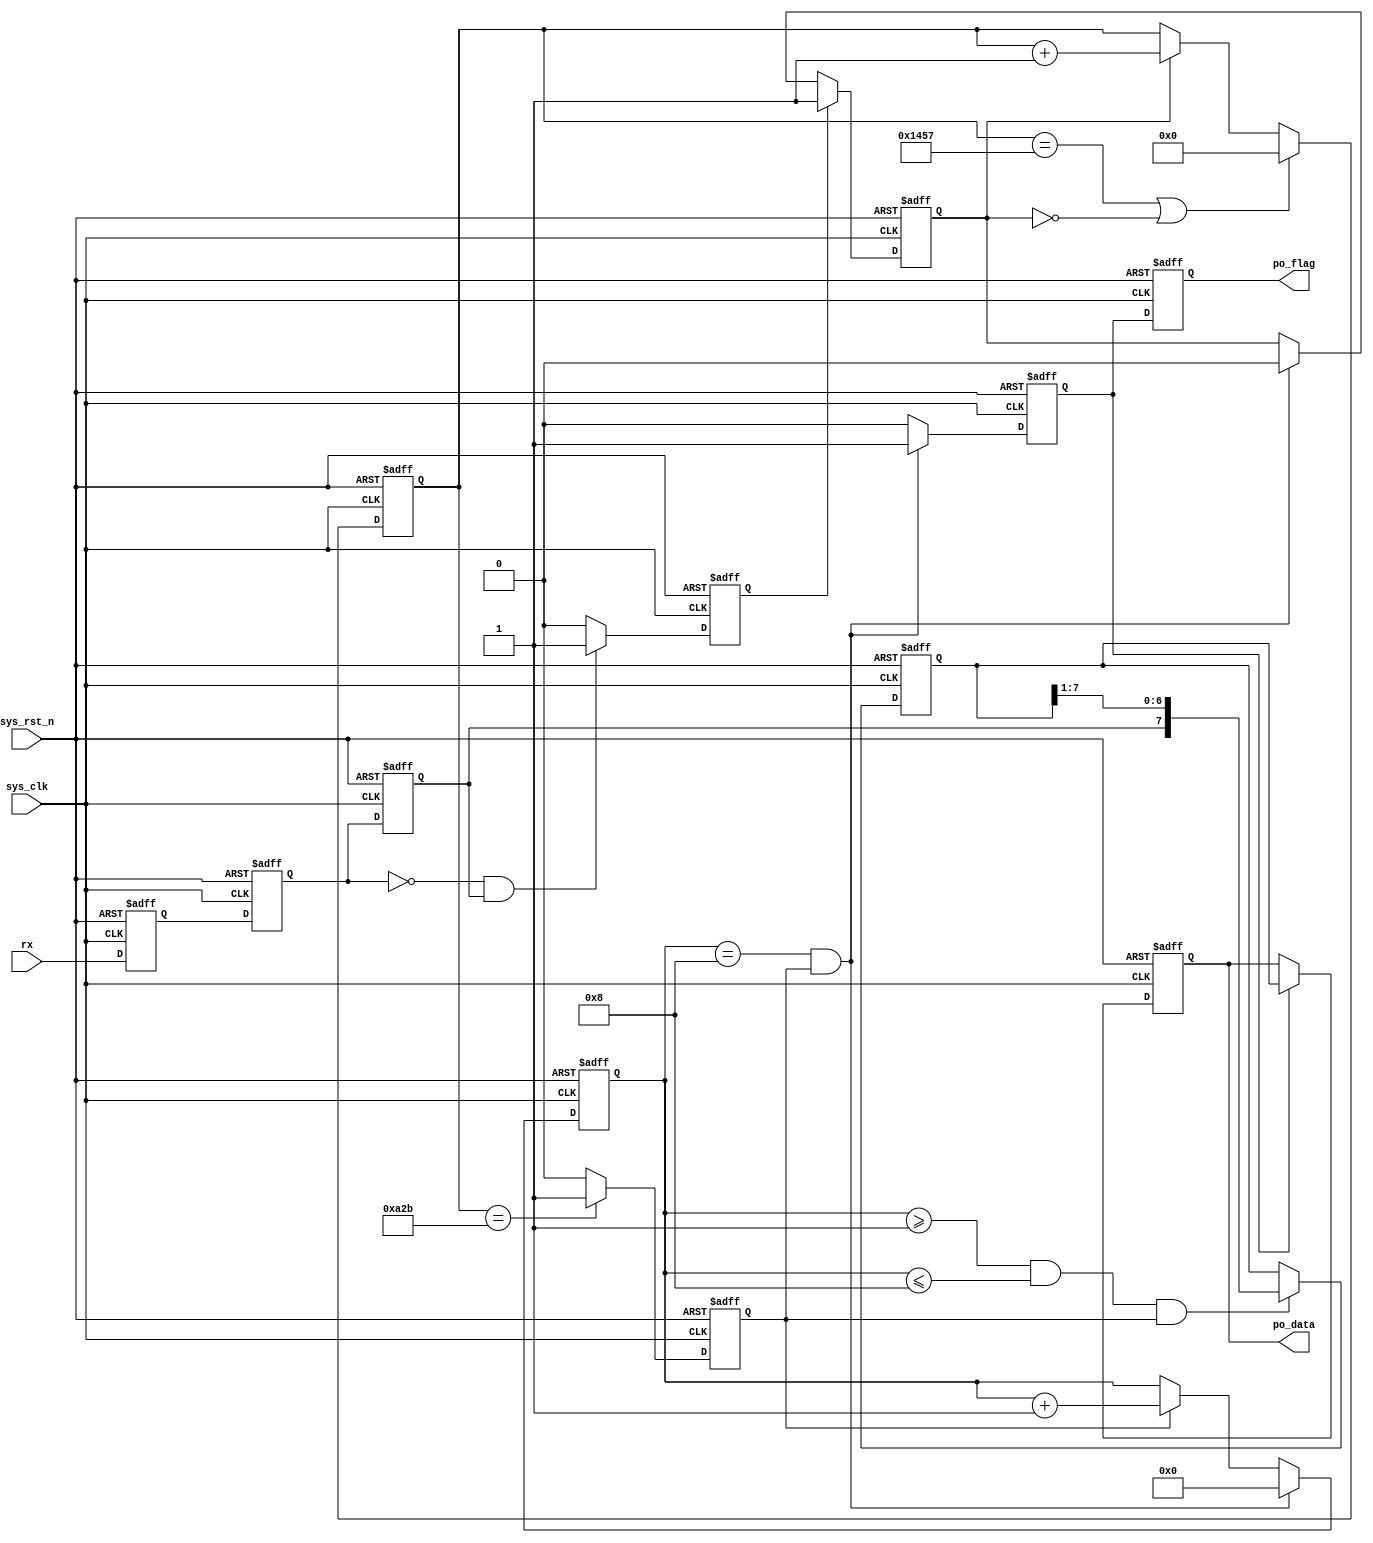
module  uart_rx #(
    parameter   UART_BPS    =   'd9600,         //
    parameter   CLK_FREQ    =   'd50_000_000    //
)(
    input   wire            sys_clk     ,   //50MHz
    input   wire            sys_rst_n   ,   //
    input   wire            rx          ,   //

    output  reg     [7:0]   po_data     ,   //8bit
    output  reg             po_flag         //
);


//localparam    define
localparam  BAUD_CNT_MAX    =   CLK_FREQ/UART_BPS   ;

//reg   define
reg         rx_reg1     ;
reg         rx_reg2     ;
reg         rx_reg3     ;
reg         start_nedge ;
reg         work_en     ;
reg [12:0]  baud_cnt    ;
reg         bit_flag    ;
reg [3:0]   bit_cnt     ;
reg [7:0]   rx_data     ;
reg         rx_flag     ;


//
//rx_reg1:1
always@(posedge sys_clk or negedge sys_rst_n) begin
    if(sys_rst_n == 1'b0)
        rx_reg1 <= 1'b1;
    else
        rx_reg1 <= rx;
end
        
//rx_reg2:1
always@(posedge sys_clk or negedge sys_rst_n) begin
    if(sys_rst_n == 1'b0)
        rx_reg2 <= 1'b1;
    else
        rx_reg2 <= rx_reg1;
end
        
//rx_reg3:
always@(posedge sys_clk or negedge sys_rst_n) begin
    if(sys_rst_n == 1'b0)
        rx_reg3 <= 1'b1;
    else
        rx_reg3 <= rx_reg2;
end
        
//start_nedge:start_nedge
always@(posedge sys_clk or negedge sys_rst_n) begin
    if(sys_rst_n == 1'b0)
        start_nedge <= 1'b0;
    else    if((~rx_reg2) && (rx_reg3))
        start_nedge <= 1'b1;
    else
        start_nedge <= 1'b0;
end
        
//work_en:
always@(posedge sys_clk or negedge sys_rst_n) begin
    if(sys_rst_n == 1'b0)
        work_en <= 1'b0;
    else    if(start_nedge == 1'b1)
        work_en <= 1'b1;
    else    if((bit_cnt == 4'd8) && (bit_flag == 1'b1))
        work_en <= 1'b0;
end
        
//baud_cnt:0BAUD_CNT_MAX - 1
always@(posedge sys_clk or negedge sys_rst_n) begin
    if(sys_rst_n == 1'b0)
        baud_cnt <= 13'b0;
    else    if((baud_cnt == BAUD_CNT_MAX - 1) || (work_en == 1'b0))
        baud_cnt <= 13'b0;
    else    if(work_en == 1'b1)
        baud_cnt <= baud_cnt + 1'b1;
end
        
//bit_flag:baud_cnt
//
always@(posedge sys_clk or negedge sys_rst_n) begin
    if(sys_rst_n == 1'b0)
        bit_flag <= 1'b0;
    else    if(baud_cnt == BAUD_CNT_MAX/2 - 1)
        bit_flag <= 1'b1;
    else
        bit_flag <= 1'b0;
end
        
//bit_cnt:8
//
always@(posedge sys_clk or negedge sys_rst_n) begin
    if(sys_rst_n == 1'b0)
        bit_cnt <= 4'b0;
    else    if((bit_cnt == 4'd8) && (bit_flag == 1'b1))
        bit_cnt <= 4'b0;
     else    if(bit_flag ==1'b1)
         bit_cnt <= bit_cnt + 1'b1;
end
         
//rx_data:
always@(posedge sys_clk or negedge sys_rst_n) begin
    if(sys_rst_n == 1'b0)
        rx_data <= 8'b0;
    else    if((bit_cnt >= 4'd1)&&(bit_cnt <= 4'd8)&&(bit_flag == 1'b1))
        rx_data <= {rx_reg3, rx_data[7:1]};
end
        
//rx_flag:rx_flag
always@(posedge sys_clk or negedge sys_rst_n) begin
    if(sys_rst_n == 1'b0)
        rx_flag <= 1'b0;
    else    if((bit_cnt == 4'd8) && (bit_flag == 1'b1))
        rx_flag <= 1'b1;
    else
        rx_flag <= 1'b0;
end
        
//po_data:8
always@(posedge sys_clk or negedge sys_rst_n) begin
    if(sys_rst_n == 1'b0)
        po_data <= 8'b0;
    else    if(rx_flag == 1'b1)
        po_data <= rx_data;
end
        
//po_flag:rx_flagpo_data
always@(posedge sys_clk or negedge sys_rst_n) begin
    if(sys_rst_n == 1'b0)
        po_flag <= 1'b0;
    else
        po_flag <= rx_flag;
end
endmodule